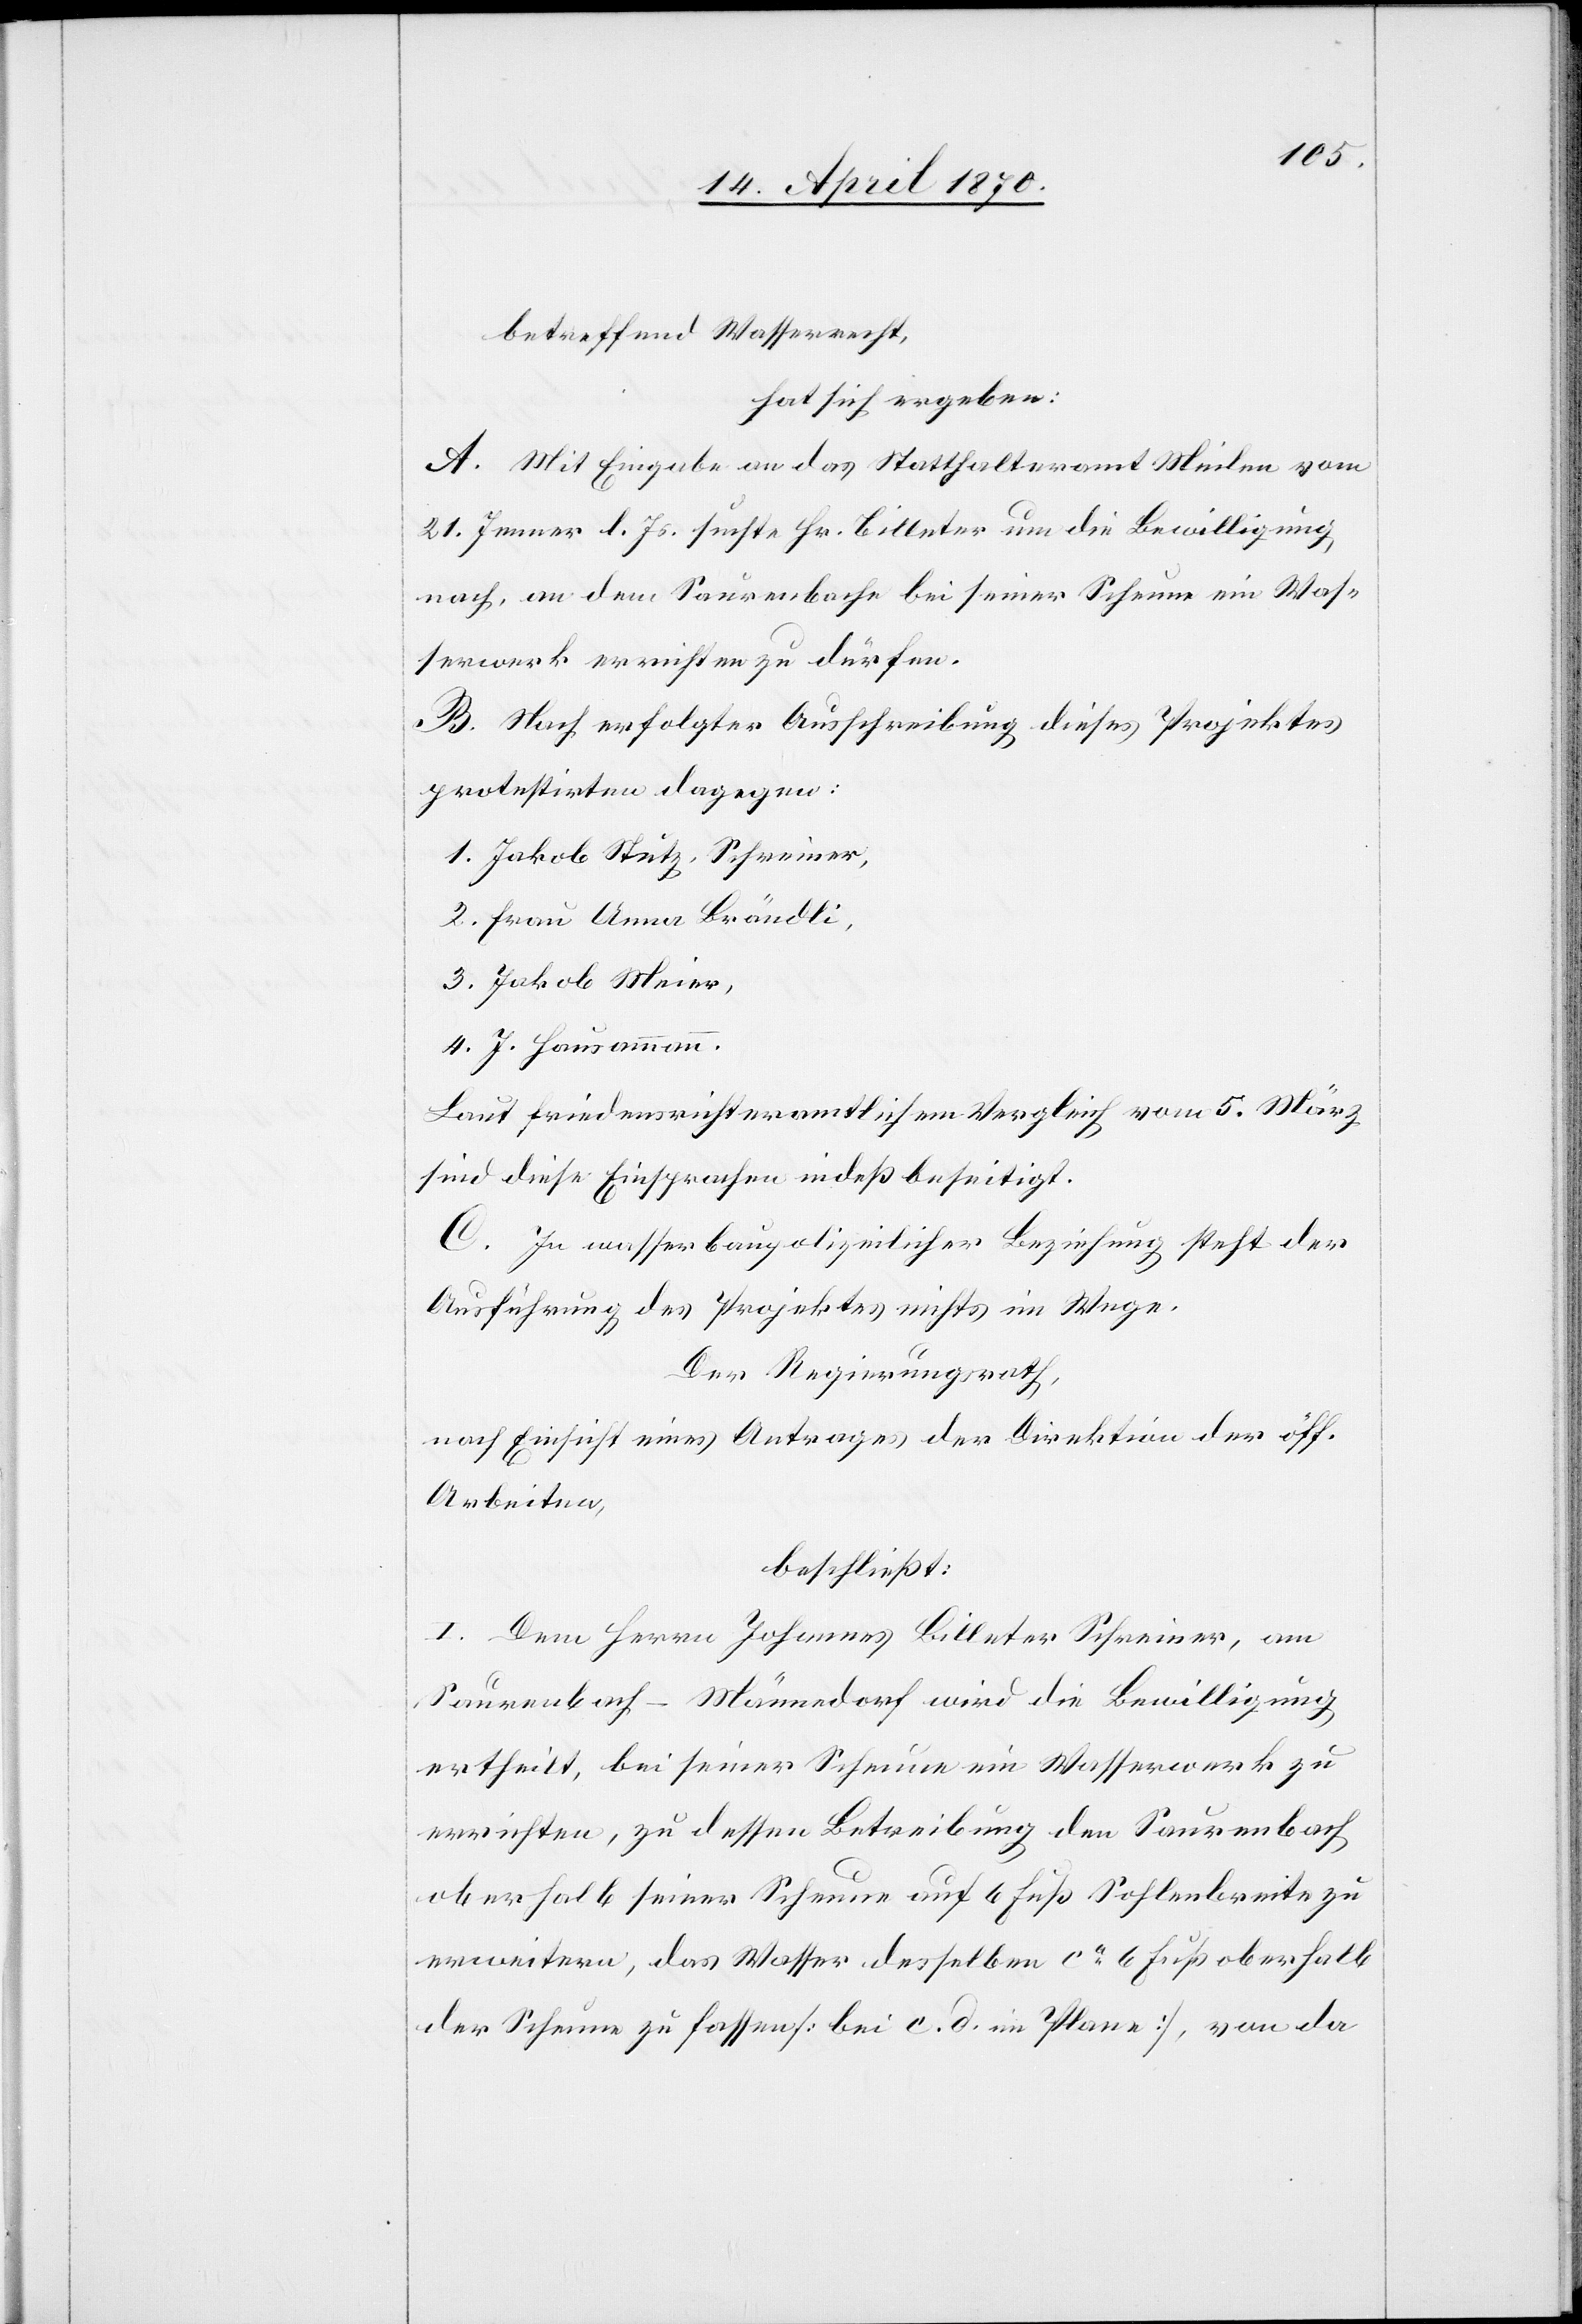
betreffend Wasserrecht,
hat sich ergeben:
A. Mit Eingabe an das Statthalteramt Meilen vom
21. Jenner l. Js. suchte Hr. Billeter um die Bewilligung
nach, an dem Saurenbache bei seiner Scheune ein Was¬
serwerk errichten zu dürfen.
B. Nach erfolgter Ausschreibung dieses Projektes
protestirten dagegen:
1. Jakob Stutz, Schreiner,
2. Frau Anna Brändli,
3. Jakob Meier,
4. J. Hausammann.
Laut friedensrichteramtlichem Vergleich vom 5. März
sind diese Einsprachen indeß beseitigt.
C. In wasserbaupolizeilicher Beziehung steht der
Ausführung des Projektes nichts im Wege.
Der Regierungsrath,
nach Einsicht eines Antrages der Direktion der öff.
Arbeiten,
beschließt:
I. Dem Herrn Johannes Billeter[,] Schreiner, am
Saurenbach - Männedorf wird die Bewilligung
ertheilt, bei seiner Scheune ein Wasserwerk zu
errichten, zu dessen Betreibung den Saurenbach
oberhalb seiner Scheune auf 6 Fuß Sohlenbreite zu
erweitern, das Wasser desselben ca 6 Fuß oberhalb
der Scheune zu fassen [bei c. d. im Plane], von da